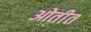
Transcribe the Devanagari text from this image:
ओतीत